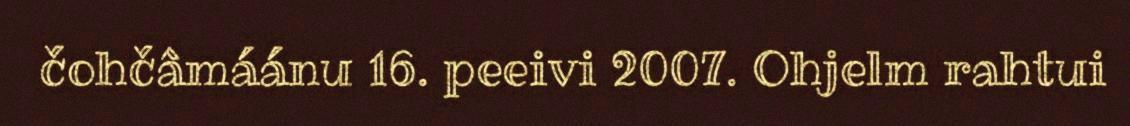
čohčâmáánu 16. peeivi 2007. Ohjelm rahtui